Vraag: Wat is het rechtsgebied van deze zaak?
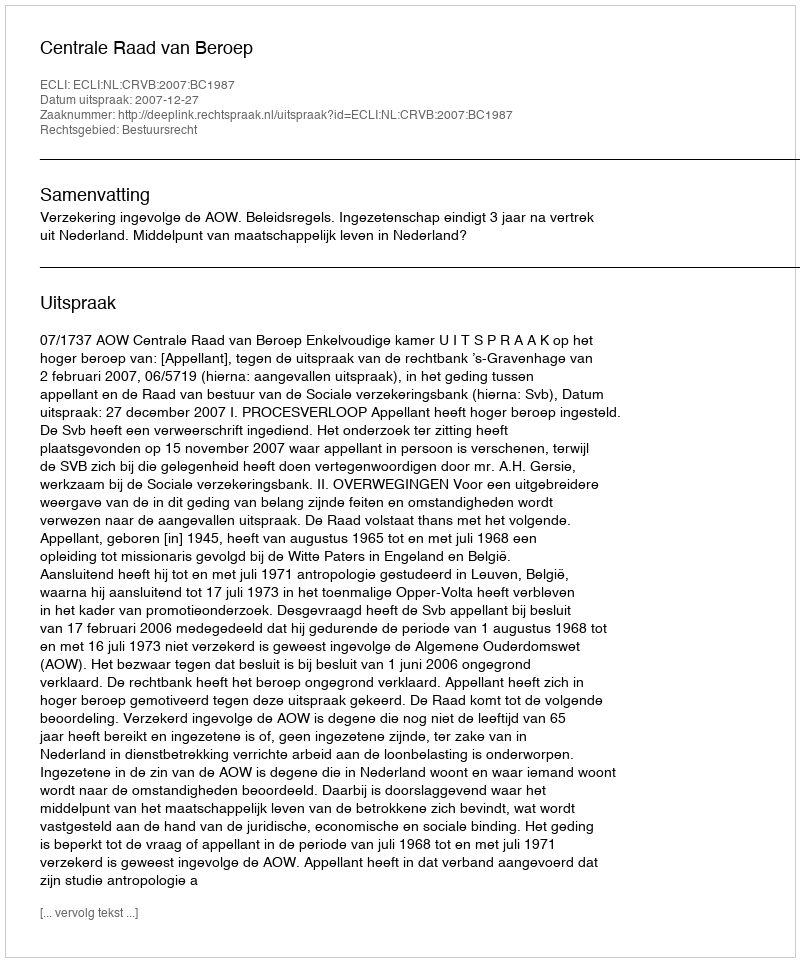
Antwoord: Bestuursrecht